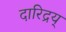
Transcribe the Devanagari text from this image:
दारिद्रय्